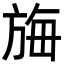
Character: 𬀆